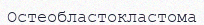
Остеобластокластома